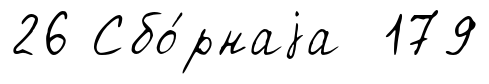
26 Сбо́рнаjа 179